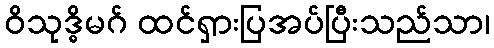
ဝိသုဒ္ဓိမဂ် ထင်ရှားပြအပ်ပြီးသည်သာ၊